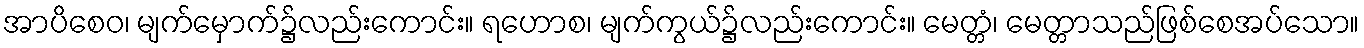
အာပိစေဝ၊ မျက်မှောက်၌လည်းကောင်း။ ရဟောစ၊ မျက်ကွယ်၌လည်းကောင်း။ မေတ္တံ၊ မေတ္တာသည်ဖြစ်စေအပ်သော။